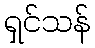
ရှင်သန်